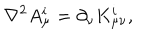
\nabla ^ { 2 } A _ { \mu } ^ { i } = \partial _ { \nu } K _ { \mu \nu } ^ { i } ,